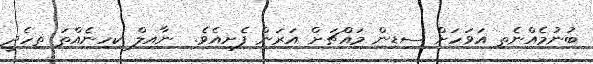
ބުނުމެއްނެތި އަވަހަށް ސިޑިން މައްޗަށް އަރަން ފެށިއެވެ.  ނާއިލް ކިހިނެއްތަ ތިހެދީ